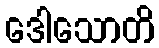
ဒေါသောတိ